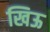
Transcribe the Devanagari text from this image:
खिऊ